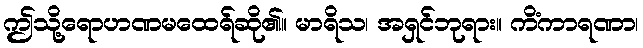
ဤသို့ရောဟဏမထေရ်ဆို၏။ မာရိသ၊ အရှင်ဘုရား။ ကိံကာရဏာ၊